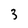
Character: 3